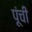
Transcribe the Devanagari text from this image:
पूंची